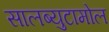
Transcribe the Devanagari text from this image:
सालब्युटामोल